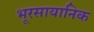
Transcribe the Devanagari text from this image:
भूरसायानिक